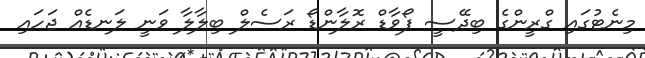
މިނެޓުގައި ގްރީންގެ ބިދޭސީ ފޯވާޑް ރޮލާންޑޯ ރަސެލް ބިލާލާ ވަނީ ލަނޑެއް ޖަހައި